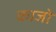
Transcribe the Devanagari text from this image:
काजो